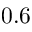
0 . 6